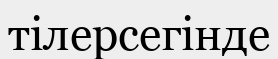
тілерсегінде